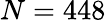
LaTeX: N=448